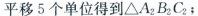
平移5个单位得到△A_{2}B_{2}C_{2}；